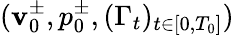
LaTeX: (\mathbf{v}_{0}^{\pm},p_{0}^{\pm},(\Gamma_{t})_{t\in[0,T_{0}]})